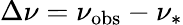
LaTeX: \Delta\nu=\nu_{\mathrm{obs}}-\nu_{\ast}